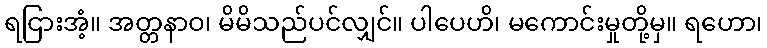
ရငြားအံ့။ အတ္တနာဝ၊ မိမိသည်ပင်လျှင်။ ပါပေဟိ၊ မကောင်းမှုတို့မှ။ ရဟော၊